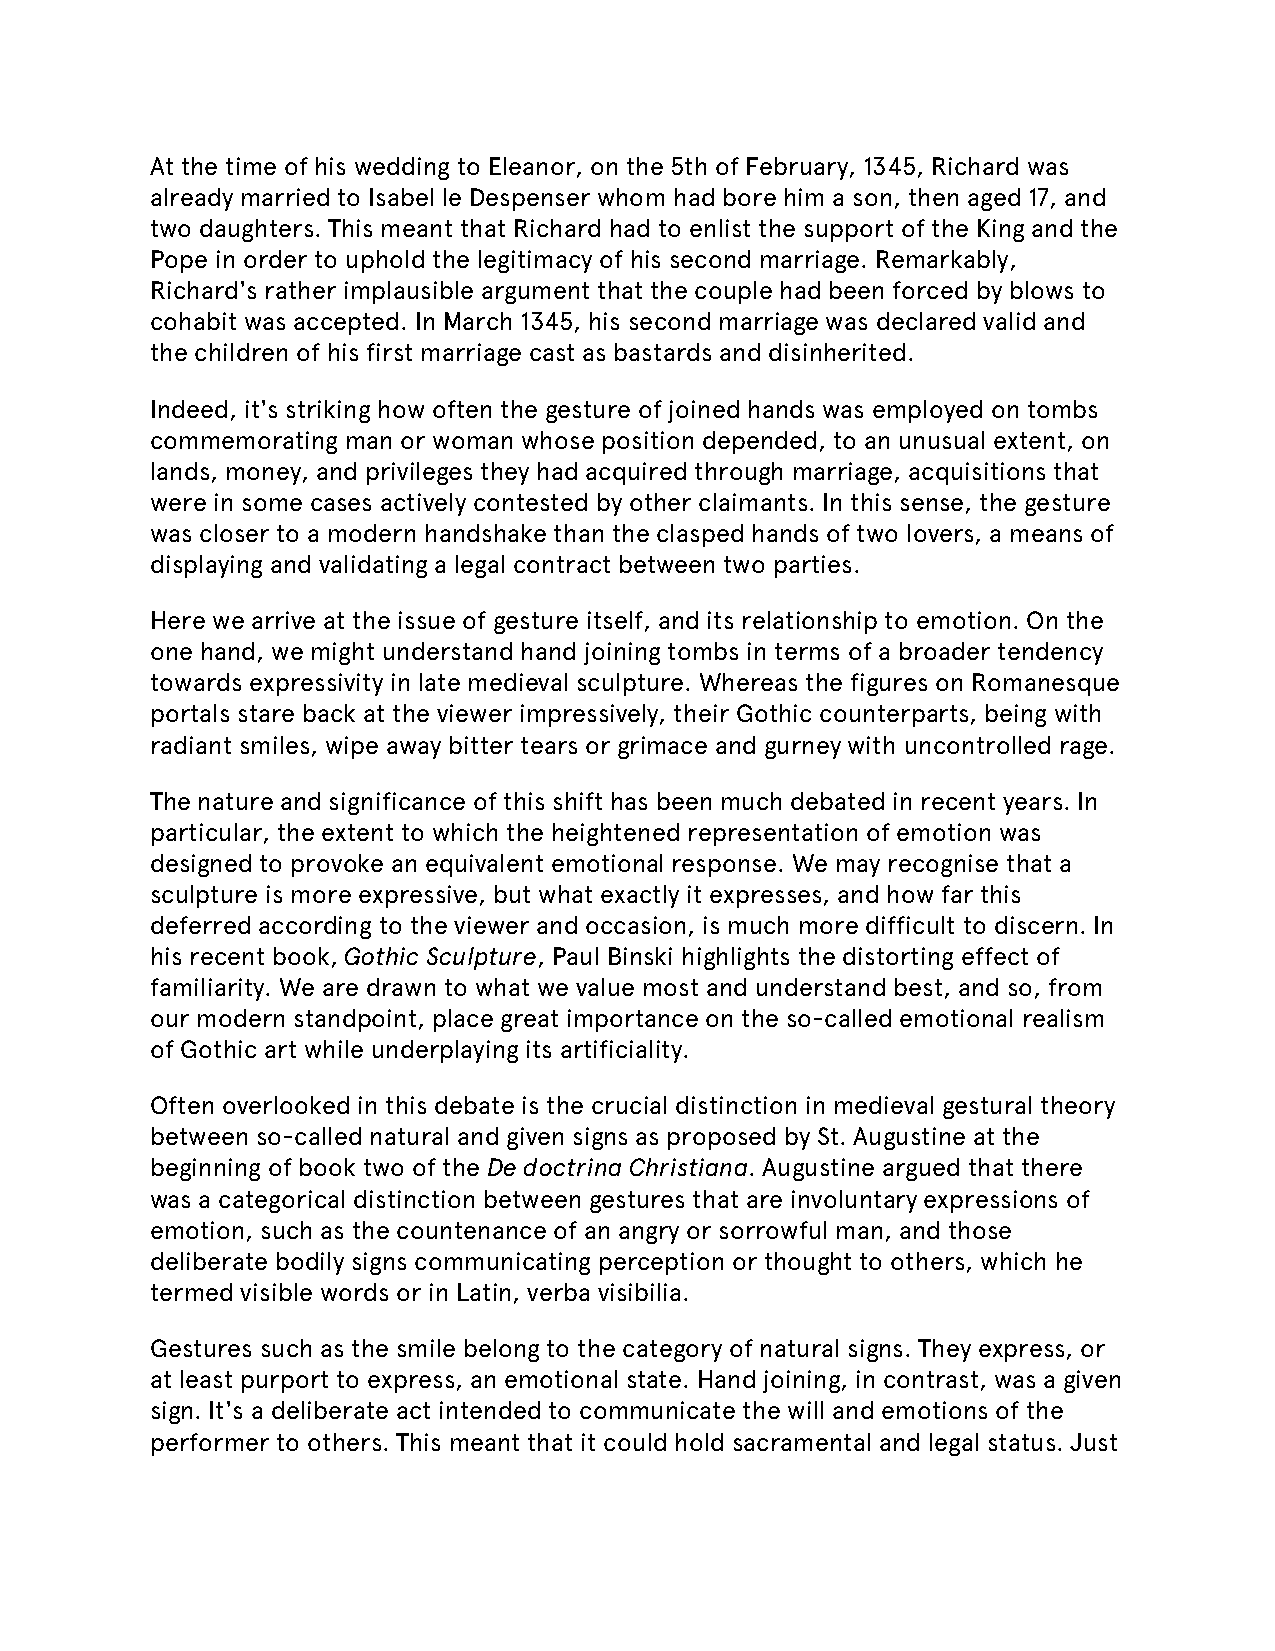
At the time of his wedding to Eleanor, on the 5th of February, 1345, Richard was
 already married to Isabel le Despenser whom had bore him a son, then aged 17, and
 two daughters. This meant that Richard had to enlist the support of the King and the
 Pope in order to uphold the legitimacy of his second marriage. Remarkably,
 Richard's rather implausible argument that the couple had been forced by blows to
 cohabit was accepted. In March 1345, his second marriage was declared valid and
 the children of his first marriage cast as bastards and disinherited.
 Indeed, it's striking how often the gesture of joined hands was employed on tombs
 commemorating man or woman whose position depended, to an unusual extent, on
 lands, money, and privileges they had acquired through marriage, acquisitions that
 were in some cases actively contested by other claimants. In this sense, the gesture
 was closer to a modern handshake than the clasped hands of two lovers, a means of
 displaying and validating a legal contract between two parties.
 Here we arrive at the issue of gesture itself, and its relationship to emotion. On the
 one hand, we might understand hand joining tombs in terms of a broader tendency
 towards expressivity in late medieval sculpture. Whereas the figures on Romanesque
 portals stare back at the viewer impressively, their Gothic counterparts, being with
 radiant smiles, wipe away bitter tears or grimace and gurney with uncontrolled rage.
 The nature and significance of this shift has been much debated in recent years. In
 particular, the extent to which the heightened representation of emotion was
 designed to provoke an equivalent emotional response. We may recognise that a
 sculpture is more expressive, but what exactly it expresses, and how far this
 deferred according to the viewer and occasion, is much more difficult to discern. In
 his recent book, Gothic Sculpture, Paul Binski highlights the distorting effect of
 familiarity. We are drawn to what we value most and understand best, and so, from
 our modern standpoint, place great importance on the so-called emotional realism
 of Gothic art while underplaying its artificiality.
 Often overlooked in this debate is the crucial distinction in medieval gestural theory
 between so-called natural and given signs as proposed by St. Augustine at the
 beginning of book two of the De doctrina Christiana. Augustine argued that there
 was a categorical distinction between gestures that are involuntary expressions of
 emotion, such as the countenance of an angry or sorrowful man, and those
 deliberate bodily signs communicating perception or thought to others, which he
 termed visible words or in Latin, verba visibilia.
 Gestures such as the smile belong to the category of natural signs. They express, or
 at least purport to express, an emotional state. Hand joining, in contrast, was a given
 sign. It's a deliberate act intended to communicate the will and emotions of the
 performer to others. This meant that it could hold sacramental and legal status. Just